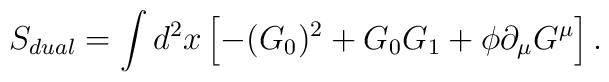
S_{dual}=\int d^{2}x\left[-(G_{0})^2+G_{0}G_{1}+{\phi}{\partial}_{\mu}G^{\mu}\right].